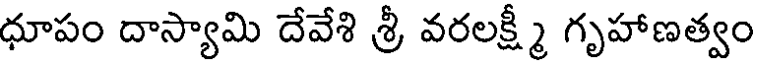
ధూపం దాస్యామి దేవేశి శ్రీ వరలక్ష్మీ గృహాణత్వం